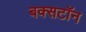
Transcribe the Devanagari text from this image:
बक्सटॉन